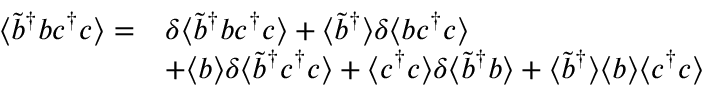
\begin{array} { r l } { \langle \tilde { b } ^ { \dagger } b c ^ { \dagger } c \rangle = } & { \delta \langle \tilde { b } ^ { \dagger } b c ^ { \dagger } c \rangle + \langle \tilde { b } ^ { \dagger } \rangle \delta \langle b c ^ { \dagger } c \rangle } \\ & { + \langle b \rangle \delta \langle \tilde { b } ^ { \dagger } c ^ { \dagger } c \rangle + \langle c ^ { \dagger } c \rangle \delta \langle \tilde { b } ^ { \dagger } b \rangle + \langle \tilde { b } ^ { \dagger } \rangle \langle b \rangle \langle c ^ { \dagger } c \rangle } \end{array}